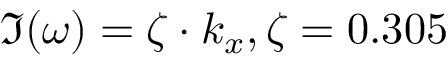
\Im ( \omega ) = \zeta \cdot k _ { x } , \zeta = 0 . 3 0 5